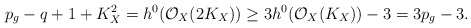
\begin{align*}p_g-q+1+K_X^2= h^0(\mathcal{O}_X(2K_X))\ge 3h^0(\mathcal{O}_X(K_X))-3=3p_g-3.\end{align*}